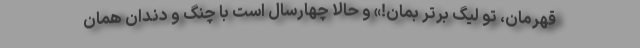
قهرمان، تو لیگ برتر بمان!» و حالا چهارسال است با چنگ و دندان همان